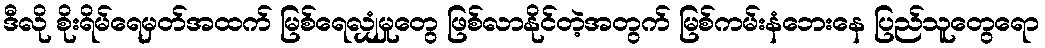
ဒီလို စိုးရိမ်ရေမှတ်အထက် မြစ်ရေလျှံမှုတွေ ဖြစ်လာနိုင်တဲ့အတွက် မြစ်ကမ်းနံဘေးနေ ပြည်သူတွေရော